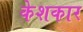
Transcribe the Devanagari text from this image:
केशकार